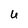
Character: U